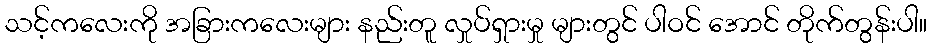
သင့်ကလေးကို အခြားကလေးများ နည်းတူ လှုပ်ရှားမှု များတွင် ပါဝင် အောင် တိုက်တွန်းပါ။